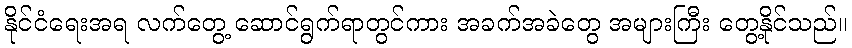
နိုင်ငံရေးအရ လက်တွေ့ ဆောင်ရွက်ရာတွင်ကား အခက်အခဲတွေ အများကြီး တွေ့နိုင်သည်။